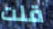
قلت